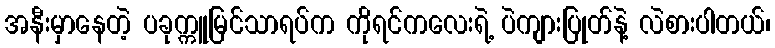
အနီးမှာနေတဲ့ ပခုက္ကူမြင်သာရပ်က ကိုရင်ကလေးရဲ့ ပဲကျားပြုတ်နဲ့ လဲစားပါတယ်၊